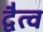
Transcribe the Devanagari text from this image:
द्वैत्व